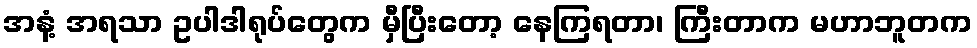
အနံ့ အရသာ ဥပါဒါရုပ်တွေက မှီပြီးတော့ နေကြရတာ၊ ကြီးတာက မဟာဘူတက